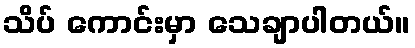
သိပ် ကောင်းမှာ သေချာပါတယ်။